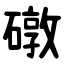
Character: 礅